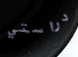
دراستي